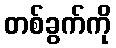
တစ်ခွက်ကို